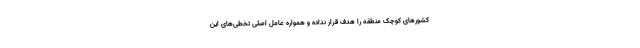
کشورهای کوچک منطقه را هدف قرار نداده و همواره عامل اصلی تخطی‌های این